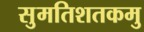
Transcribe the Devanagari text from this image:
सुमतिशतकमु